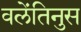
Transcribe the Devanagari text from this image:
वलेंतिनुस